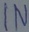
Text: IN